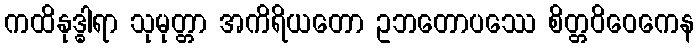
ကထိနုဒ္ဓါရာ သုမုတ္တာ အကိရိယတော ဥဘတောပဿေ စိတ္တဝိဝေကေန